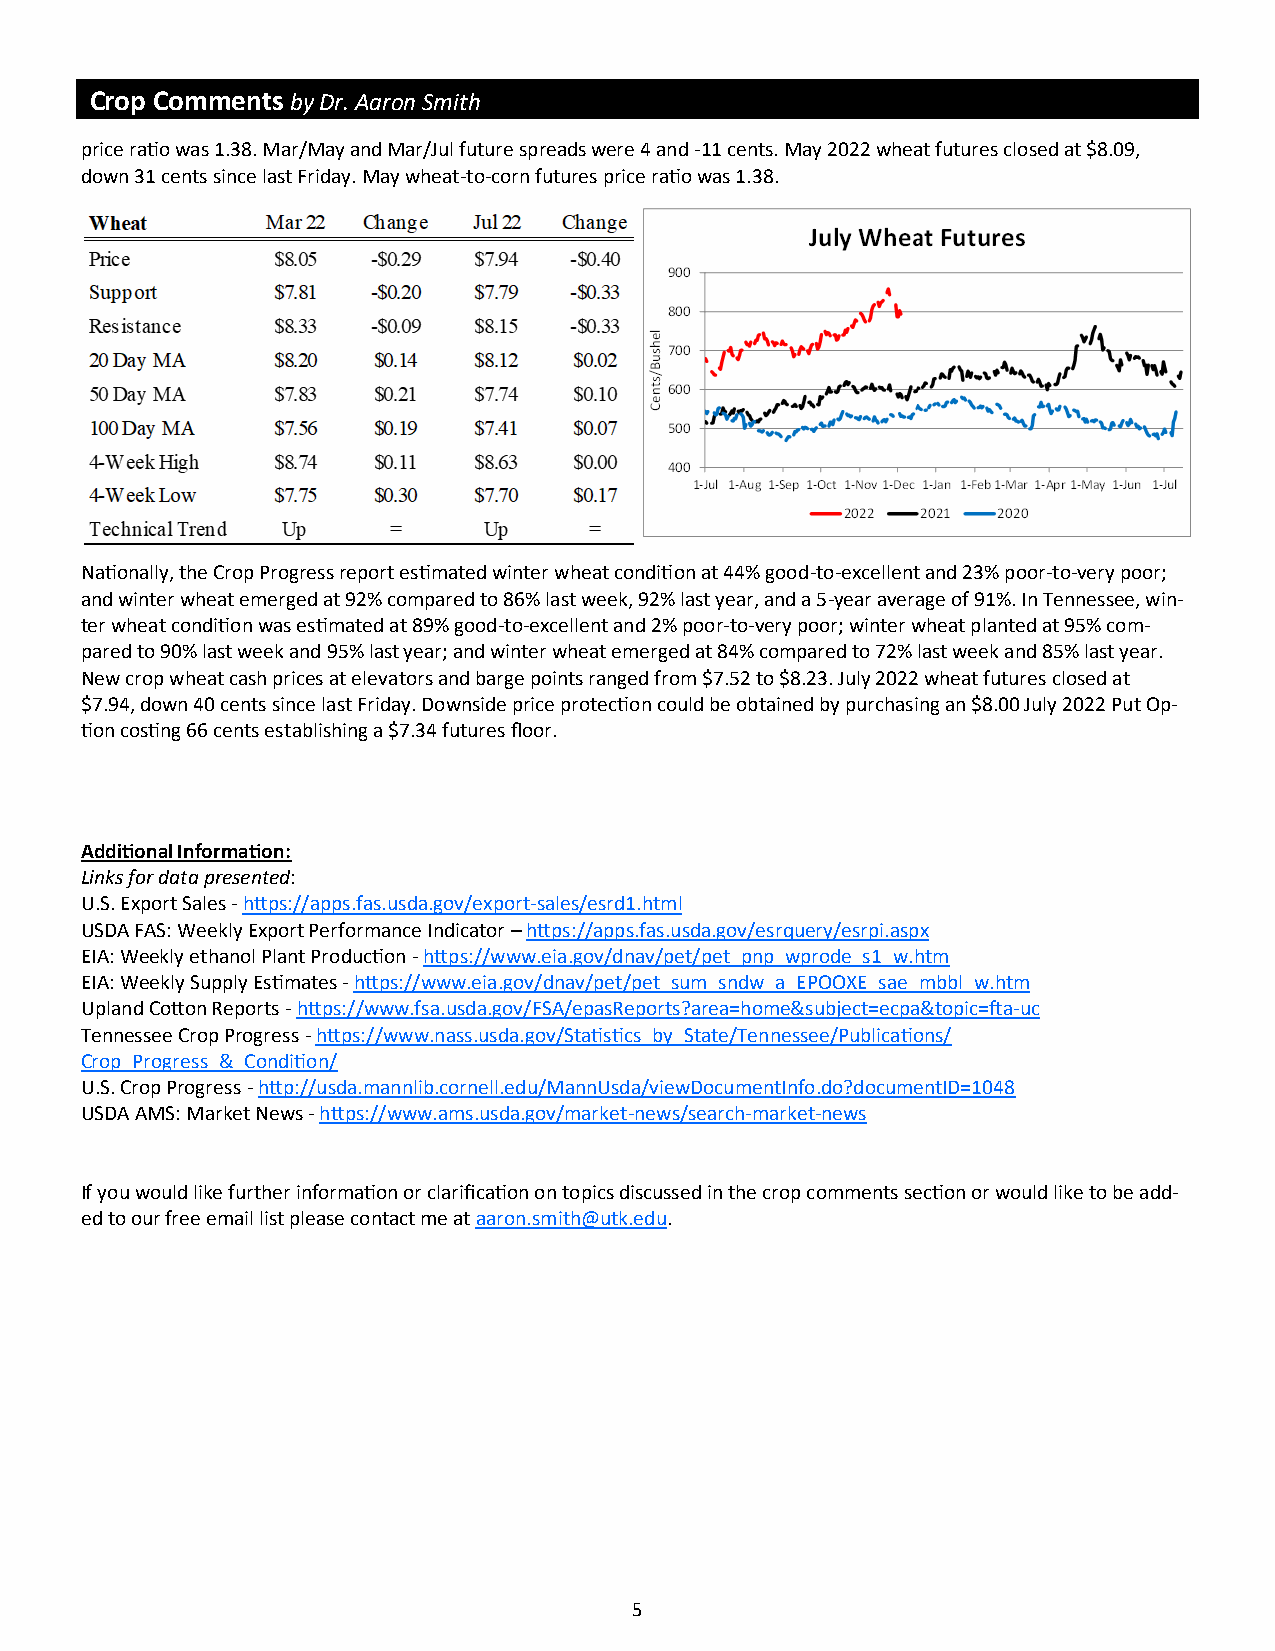
Crop Comments by Dr. Aaron Smith
 price ratio was 1.38. Mar/May and Mar/Jul future spreads were 4 and -11 cents. May 2022 wheat futures closed at $8.09,
 down 31 cents since last Friday. May wheat-to-corn futures price ratio was 1.38.
 Nationally, the Crop Progress report estimated winter wheat condition at 44% good-to-excellent and 23% poor-to-very poor;
 and winter wheat emerged at 92% compared to 86% last week, 92% last year, and a 5-year average of 91%. In Tennessee, win-
 ter wheat condition was estimated at 89% good-to-excellent and 2% poor-to-very poor; winter wheat planted at 95% com-
 pared to 90% last week and 95% last year; and winter wheat emerged at 84% compared to 72% last week and 85% last year.
 New crop wheat cash prices at elevators and barge points ranged from $7.52 to $8.23. July 2022 wheat futures closed at
 $7.94, down 40 cents since last Friday. Downside price protection could be obtained by purchasing an $8.00 July 2022 Put Op-
 tion costing 66 cents establishing a $7.34 futures floor.
 Additional Information:
 Links for data presented:
 U.S. Export Sales - https://apps.fas.usda.gov/export-sales/esrd1.html
 USDA FAS: Weekly Export Performance Indicator – https://apps.fas.usda.gov/esrquery/esrpi.aspx
 EIA: Weekly ethanol Plant Production - https://www.eia.gov/dnav/pet/pet_pnp_wprode_s1_w.htm
 EIA: Weekly Supply Estimates - https://www.eia.gov/dnav/pet/pet_sum_sndw_a_EPOOXE_sae_mbbl_w.htm
 Upland Cotton Reports - https://www.fsa.usda.gov/FSA/epasReports?area=home&subject=ecpa&topic=fta-uc
 Tennessee Crop Progress - https://www.nass.usda.gov/Statistics_by_State/Tennessee/Publications/
 Crop_Progress_&_Condition/
 U.S. Crop Progress - http://usda.mannlib.cornell.edu/MannUsda/viewDocumentInfo.do?documentID=1048
 USDA AMS: Market News - https://www.ams.usda.gov/market-news/search-market-news
 If you would like further information or clarification on topics discussed in the crop comments section or would like to be add-
 ed to our free email list please contact me at aaron.smith@utk.edu.
 5